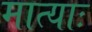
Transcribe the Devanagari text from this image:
मात्याः